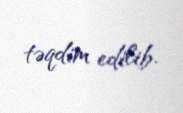
təqdim edilib.